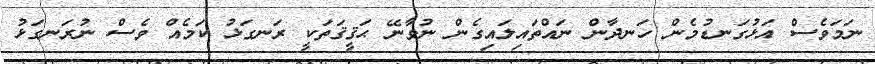
ނަމަވެސް އަޅުގަނޑުމެން ހަނދާން ނައްތައިލައިގެން ނުވާނޭ ޙަޤީޤަތަކީ ރަނގަޅު ކަމެއް ވެސް ނުރަނގަޅު